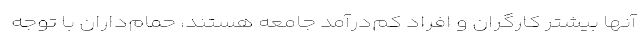
آنها بیشتر کارگران و افراد کم‌درآمد جامعه هستند، حمام‌داران با توجه